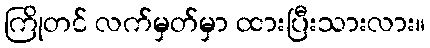
ကြိုတင် လက်မှတ်မှာ ထားပြီးသားလား။